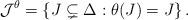
LaTeX: \begin{align*} \mathcal J^{\theta} = \left\{ J \subsetneq \Delta : \theta(J)=J \right\}. \end{align*}